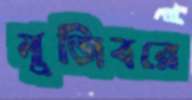
মুজিবরে